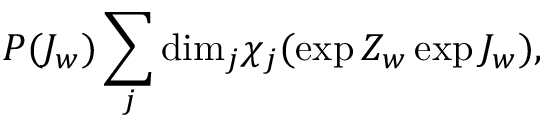
P ( J _ { w } ) \sum _ { j } \mathrm { d i m } _ { j } \chi _ { j } ( \exp { Z _ { w } } \exp { J _ { w } } ) ,